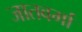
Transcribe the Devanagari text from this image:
जातवर्मा